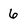
Character: 6